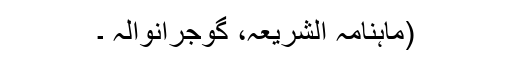
(ماہنامہ الشریعہ، گوجرانوالہ ۔